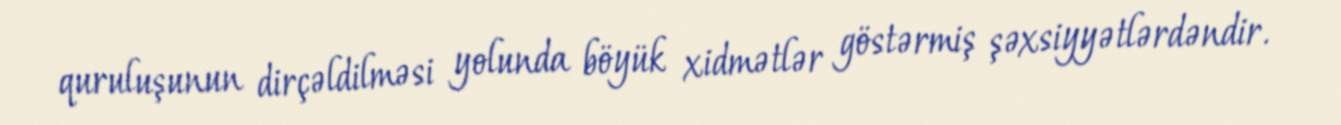
quruluşunun dirçəldilməsi yolunda böyük xidmətlər göstərmiş şəxsiyyətlərdəndir.